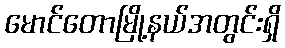
မောင်တောမြို့နယ်အတွင်းရှိ